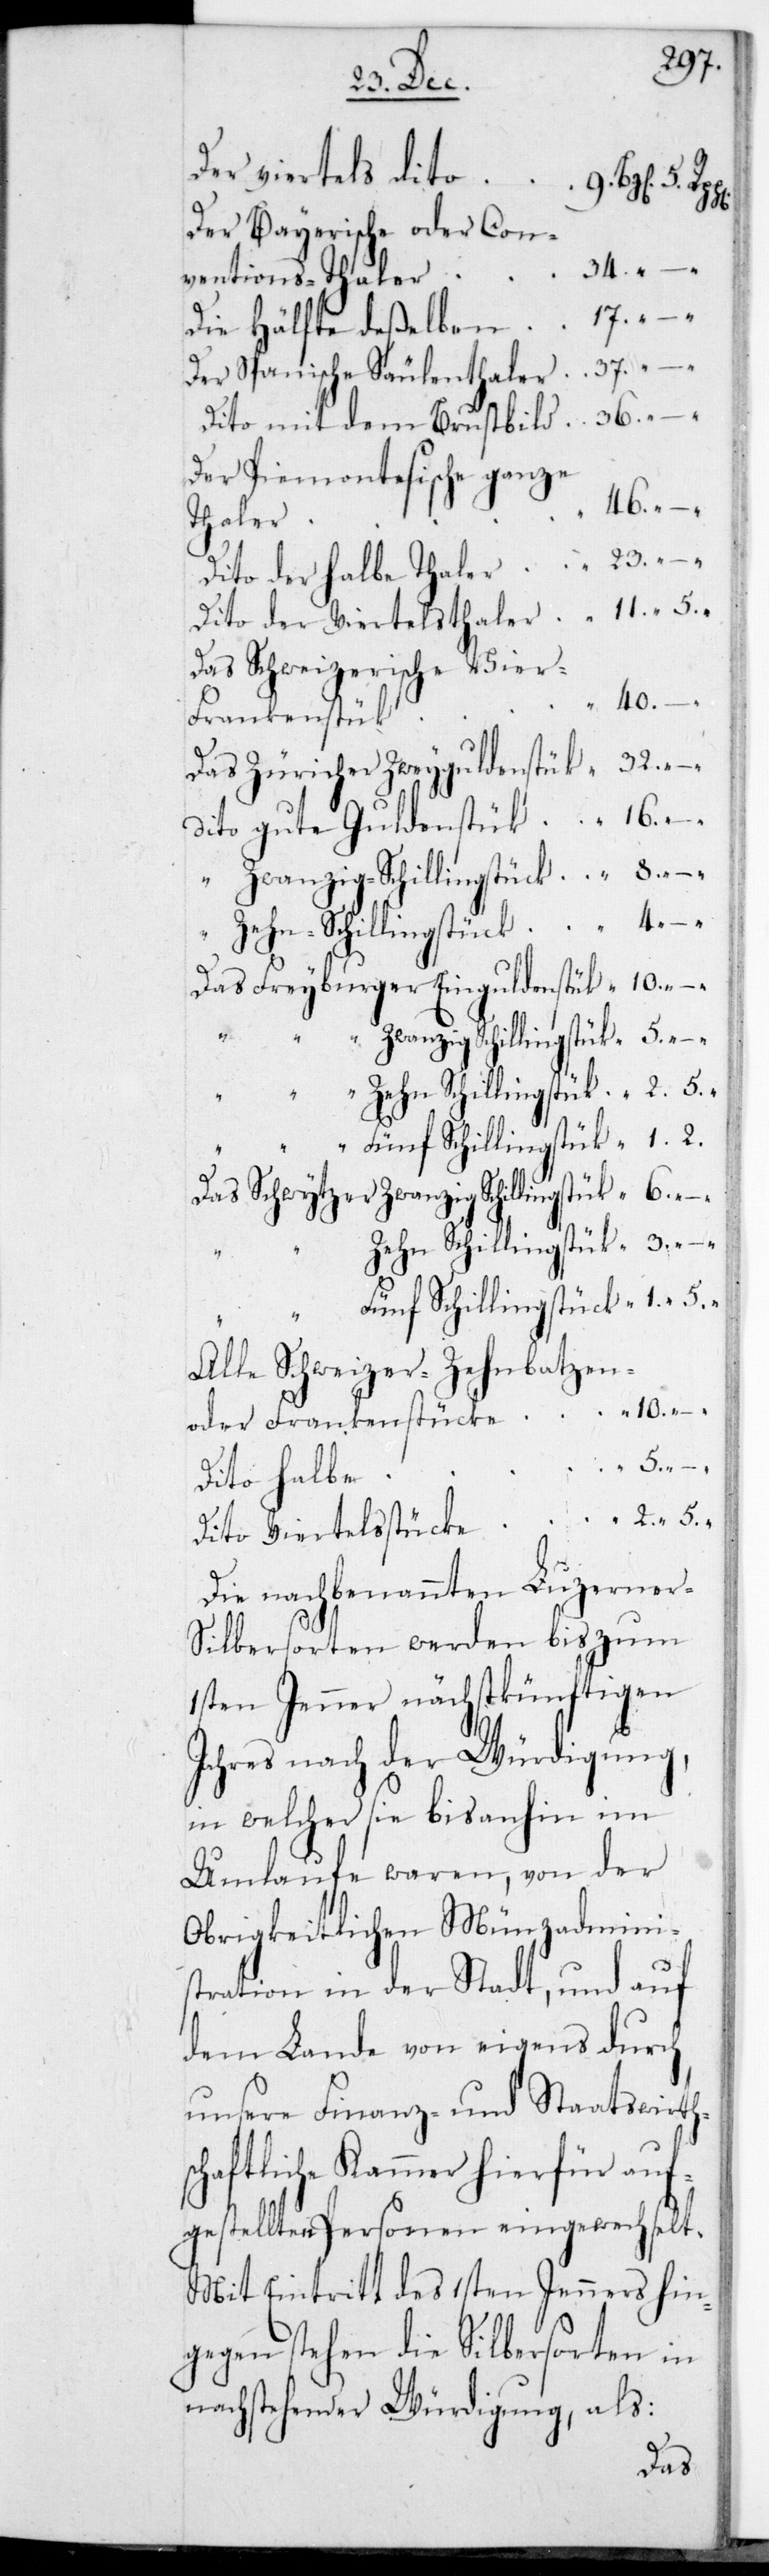
Der viertels dito
9. “ 6. “.
Der Bayerische oder Con¬
ventionst-Thaler 34.
Die Hälfte deßelben			17.
Der Spanische Säulenthalter		37.
Dito mit dem Brustbild
Der Piemontesische ganze
Thaler
Dito der halbe Thaler			23.
Dito der Viertelsthaler			11. 5.
Das Schweizerische Vier-F¬
rankenstück 40.
Das Züricher Zweyguldenstück 	 32.
Dito gute Guldenstück		 16.
zwanzig Schillingstück 6.
“ Zehn-Schillingstück		 4.
Das Freyburger Einguldenstück	 10.
“ fünf Schllingstück 1. 2.
zehn Schillingstück 3.
“ fünf Schillingstück 1. 5.
Alle Schweizer-Zehnbatzen-
oder Frankenstücke für 10.
Dito halbe
Dito Viertelsstücke 2. 5.
Die nachbenannten Luzerne¬
r-Silbersorten werden bis zum
1sten Jenner nächstkünftigen
Jahres nach der Würdigung,
in welcher sie bis anhin im
Umlaufe waren, von der
obrigkeitlichen Münzadmini¬
stration in der Stadt, und auf
dem Lande von eigens durch
unsere Finanz- und Staatswirtsc¬
haftliche Kammer hierfür auf¬
gestellten Personen eingewechselt.
Mit Eintritt des 1sten Jenners hin¬
gegen stehen die Silbersorten in
nachstehender Würdigung, als:
Das